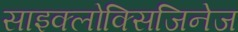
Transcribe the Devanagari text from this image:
साइक्लोक्सिजिनेज